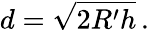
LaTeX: d={\sqrt{2R^{\prime}h}}\, .